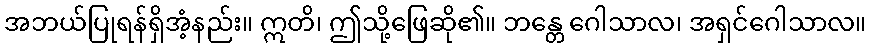
အဘယ်ပြုရန်ရှိအံ့နည်း။ ဣတိ၊ ဤသို့ဖြေဆို၏။ ဘန္တေ ဂေါသာလ၊ အရှင်ဂေါသာလ။